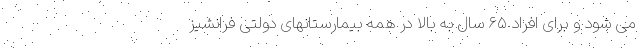
می شود و برای افراد ۶۵ سال به بالا در همه بیمارستانهای دولتی فرانشیز